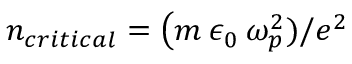
n _ { c r i t i c a l } = \big ( m \: \epsilon _ { 0 } \: \omega _ { p } ^ { 2 } ) / e ^ { 2 }